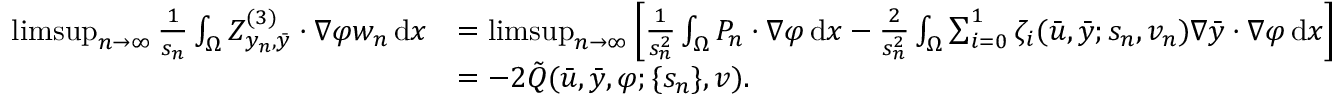
\begin{array} { r l } { \operatorname* { l i m s u p } _ { n \to \infty } \frac { 1 } { s _ { n } } \int _ { \Omega } Z _ { y _ { n } , \bar { y } } ^ { ( 3 ) } \cdot \nabla \varphi w _ { n } \, \mathrm { d } x } & { = \operatorname* { l i m s u p } _ { n \to \infty } \left[ \frac { 1 } { s _ { n } ^ { 2 } } \int _ { \Omega } P _ { n } \cdot \nabla \varphi \, \mathrm { d } x - \frac { 2 } { s _ { n } ^ { 2 } } \int _ { \Omega } \sum _ { i = 0 } ^ { 1 } \zeta _ { i } ( \bar { u } , \bar { y } ; s _ { n } , v _ { n } ) \nabla \bar { y } \cdot \nabla \varphi \, \mathrm { d } x \right] } \\ & { = - 2 \tilde { Q } ( \bar { u } , \bar { y } , \varphi ; \{ s _ { n } \} , v ) . } \end{array}